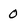
Character: 0